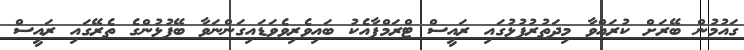
ގައުމުން ބޭރަށް ކުރައްވާ މިދަތުރުފުޅުގައި ރައީސް ޓްރަމްޕާއެކު ބައިވެރިވެވަޑައިގަންނަވާ ބޭފުޅުންގެ ތެރޭގައި ރައީސް